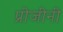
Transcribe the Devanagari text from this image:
प्रोजीनी